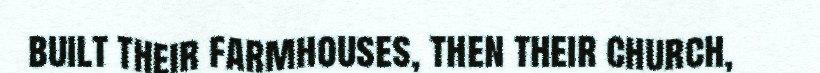
built their farmhouses, then their church,